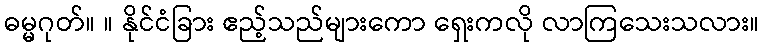
ဓမ္မဂုတ်။ ။ နိုင်ငံခြား ဧည့်သည်များကော ရှေးကလို လာကြသေးသလား။